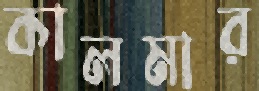
কালমার